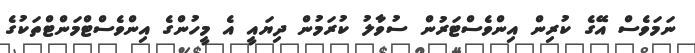
ނަމަވެސް އޭގެ ކުރިން އިންވެސްޓަރުން ސުވާލު ކުރަމުން ދިޔައީ އެ މީހުންގެ އިންވެސްޓްމަންޓްތަކުގެ